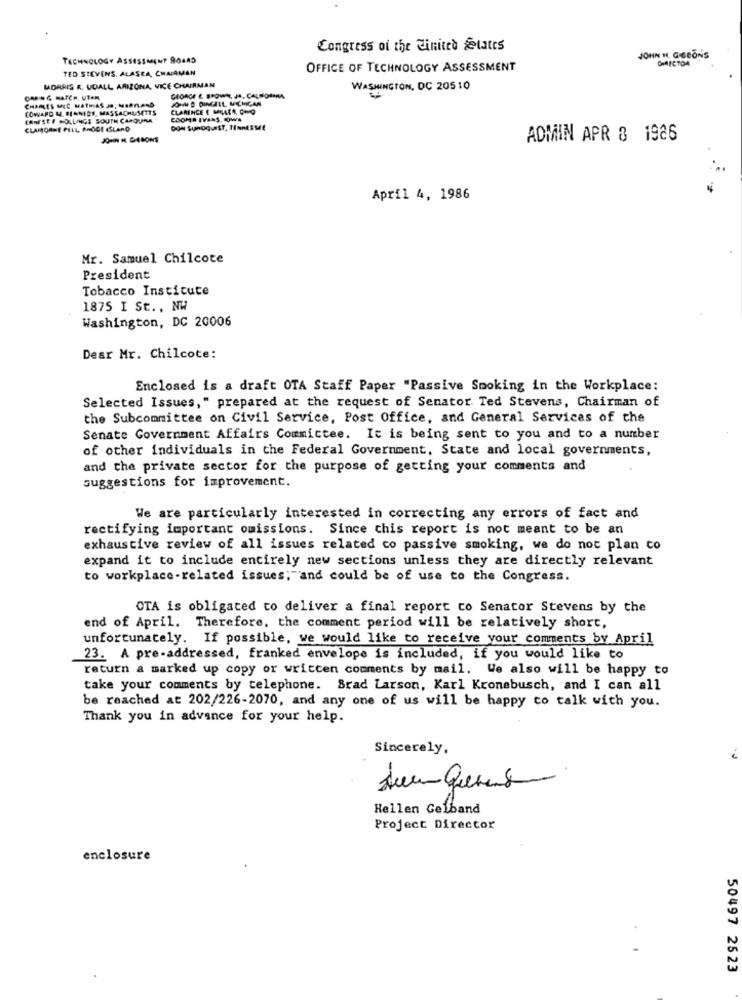
Congress of the Einited States
TECHNOLOGY ASSESSMENT 90485
JOHN H. GIBBONS
TED STEVENS, ALASER, CHAIRMAN
OFFICE OF TECHNOLOGY ASSESSMENT
MORRIS &. UDALL ARIZONA, VICE CHAIRMAN
WASHINGTON, DC 20510
JOHN D DINGELL MICHICAN
COWARD L. HINNIDE, MASSACHUSETTS
CLARENCE E MULLER, CHO
ERRESEF HOLLINGS SOUTH CAROLINA
COOMR IVINS. OWA
CLAMORME PELL RHODE ISLAND
ADMIN APR & 1926
April 4, 1986
Mr. Samuel Chilcote
President
Tobacco Insticute
1875 I St. , NW
Washington, DC 20006
Dear Mr. Chilcote:
Enclosed is a draft OTA Staff Paper "Passive Smoking in the Workplace:
Selected Issues," prepared at the request of Senator Ted Stevens, Chairman of
the Subcommittee on Civil Service, Post Office, and General Services of the
Senate Government Affairs Committee. It is being sent to you and to a number
of other individuals in the Federal Government, State and local governments,
and the private sector for the purpose of getting your comments and
suggestions for improvement.
We are particularly interested in correcting any errors of fact and
rectifying important omissions. Since chis report is not meant to be an
exhaustive review of all issues related co passive smoking, we do not plan co
expand it to include entirely new sections unless they are directly relevant
to workplace-related issues; and could be of use to the Congress.
OTA is obligated to deliver a final report co Senator Stevens by the
end of April. Therefore, the comment period will be relatively short,
unfortunately. If possible, we would like to receive your comments by April
23. A pre-addressed, franked envelope is included, if you would like to
return a marked up copy or written comments by mail. We also will be happy to
take your comments by telephone. Brad Larson, Karl Kronebusch, and I can all
be reached at 202/226-2070, and any one of us will be happy to talk with you.
Thank you in advance for your help.
Sincerely,
-
Hellen Gelband
Project Director
enclosure
50497 2523